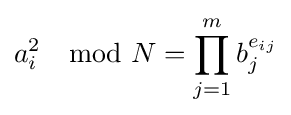
a_{i}^{2}\mod N=\prod _{j=1}^{m}b_{j}^{e_{ij}}